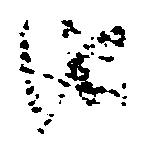
由